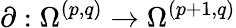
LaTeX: \partial:\Omega^{(p,q)}\to\Omega^{(p+1,q)}